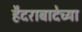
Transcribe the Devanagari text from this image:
हैदराबादेच्या